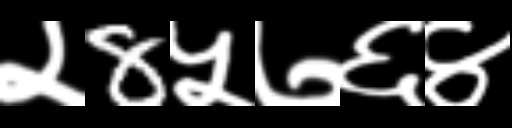
Text: २8५७६४